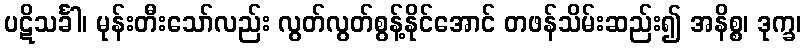
ပဋိသင်္ခါ၊ မုန်းတီးသော်လည်း လွတ်လွတ်စွန့်နိုင်အောင် တဖန်သိမ်းဆည်း၍ အနိစ္စ၊ ဒုက္ခ၊